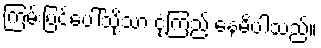
ကြမ်းပြင်ပေါ်သို့သာ ငုံ့ကြည့် နေမိပါသည်။